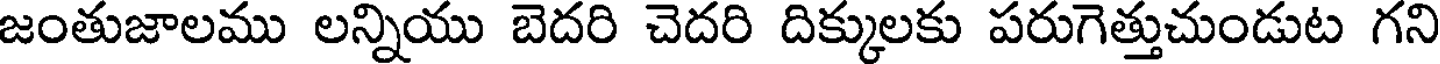
జంతుజాలము లన్నియు బెదరి చెదరి దిక్కులకు పరుగెత్తుచుండుట గని